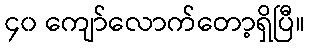
၄၀ ကျော်လောက်တော့ရှိပြီ။